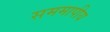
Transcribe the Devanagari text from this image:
सममापीय